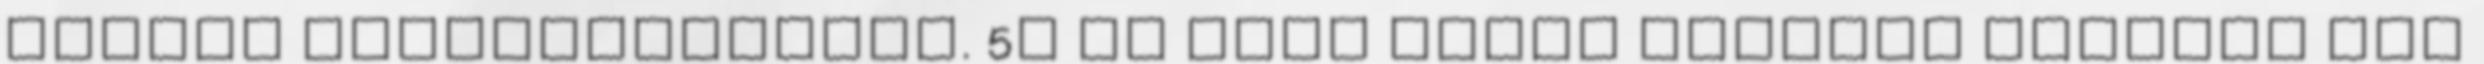
színük intenzivitását. 5l Az Aqua Medic Ferreal Spureal egy